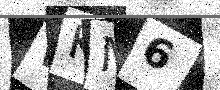
Text: WKM6